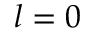
l = 0